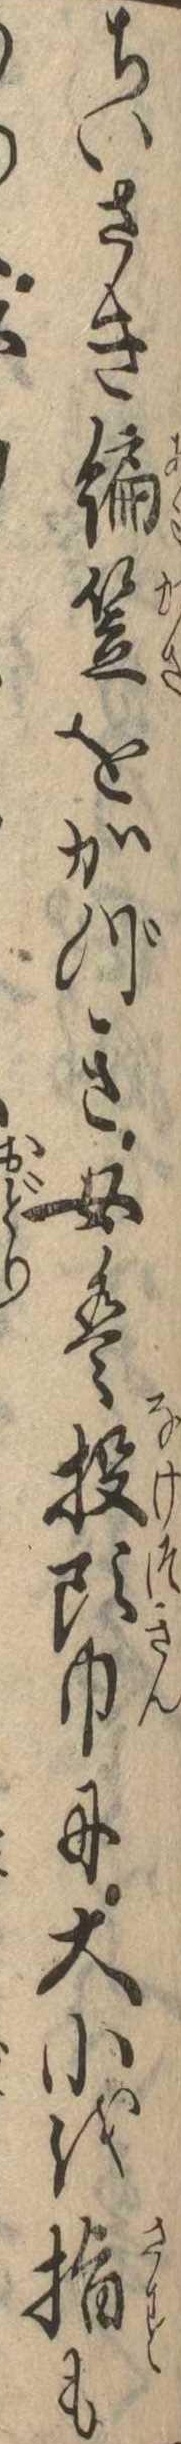
ちいさき編笠をかづき女は投頭巾に大小を指も